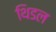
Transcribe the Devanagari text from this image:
थिडल